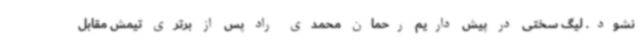
نشود. لیگ سختی در پیش داریم رحمان محمدی راد پس از برتری تیمش مقابل